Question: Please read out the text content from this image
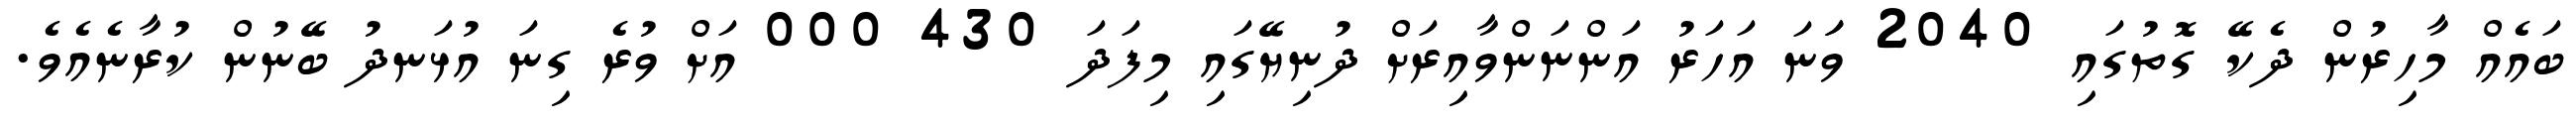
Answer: ބައެއް މާހިރުން ދެކޭ ގޮތުގައި 2040 ވަަނަ އަހަރު އަންނަންވާއިރަށް ދުނިޔޭގައި މިފަދަ 430 000 އަށް ވުރެ ގިނަ އުޅަނދު ބޭނުން ކުރާނެއެވެ.